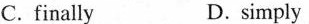
C. finally D. simply